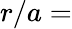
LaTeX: r/a=